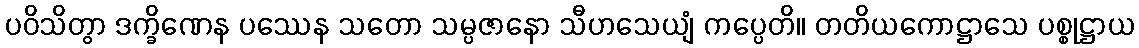
ပဝိသိတွာ ဒက္ခိဏေန ပဿေန သတော သမ္ပဇာနော သီဟသေယျံ ကပ္ပေတိ။ တတိယကောဋ္ဌာသေ ပစ္စုဋ္ဌာယ